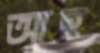
আহ